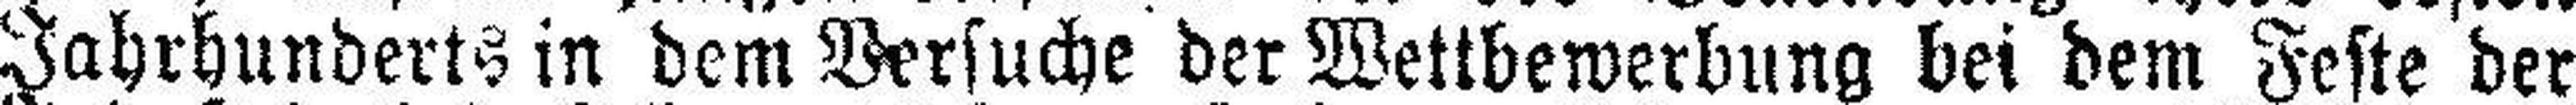
Jahrhunderts in dem Versuche der Wettbewerbung bei dem Feste der